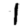
Digit: 1